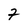
Character: 7